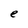
Character: e